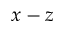
x - z